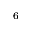
^ 6